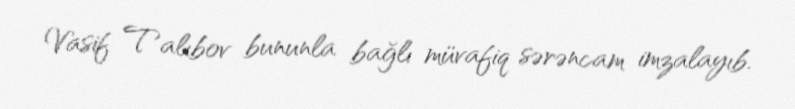
Vasif Talıbov bununla bağlı müvafiq sərəncam imzalayıb.